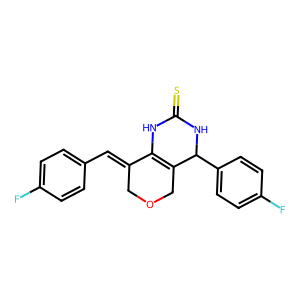
SMILES: Fc1ccc(C=C2COCC3=C2NC(=S)NC3c2ccc(F)cc2)cc1
Inhibits HIV replication: No